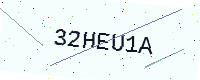
Text: 32HEU1A